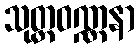
သုတ္တဝဏ္ဏနာ